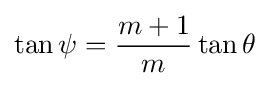
\tan \psi ={\frac {m+1}{m}}\tan \theta